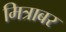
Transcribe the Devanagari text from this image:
मित्राबर